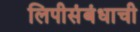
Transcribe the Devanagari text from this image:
लिपीसंबंधाची